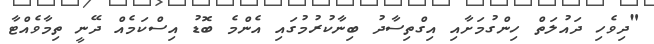
"ދިވެހި ދައުލަތް ހިންގުމަށާއި އިގްތިސާދު ބިނާކުރުމުގައި އެންމެ ބޮޑު އިސްކަމެއް ދޭނީ ތިމާވެއްޓާ